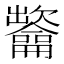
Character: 𲎯